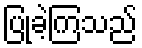
ပြုခဲ့ကြသည်